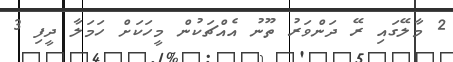
2 މާލޭގައި ރޭ ދަންވަރު ތޫނު އެއްޗަކުން މީހަކަށް ހަމަލާ ދީފި 3